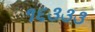
૧૬૩૩૩